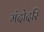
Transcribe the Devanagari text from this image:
मंदोदरि